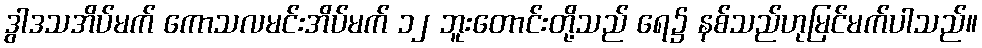
ဒွါဒသအိပ်မက် ကောသလမင်းအိပ်မက် ၁၂ ဘူးတောင်းတို့သည် ရေ၌ နစ်သည်ဟုမြင်မက်ပါသည်။